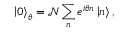
\left| 0 \right\rangle _ { \theta } = \mathcal { N } \sum _ { n } e ^ { i \theta n } \left| n \right\rangle ,